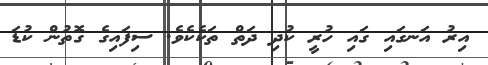
އިރު އަނގައި ގައި ހުރީ ކުދި ދަތް ތަކެކެވެ. ސިފައިގެ ގޮތުން ކުޑަ